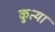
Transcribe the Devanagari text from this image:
कुत्या